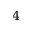
4